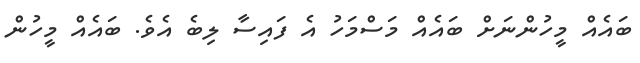
ބައެއް މީހުންނަށް ބައެއް މަސްމަހު އެ ފައިސާ ލިބެ އެވެ. ބައެއް މީހުން